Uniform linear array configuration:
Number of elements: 48
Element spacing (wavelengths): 1
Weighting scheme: exponential
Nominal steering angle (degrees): -15
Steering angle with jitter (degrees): -16.662
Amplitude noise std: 0.05
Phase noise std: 0.05

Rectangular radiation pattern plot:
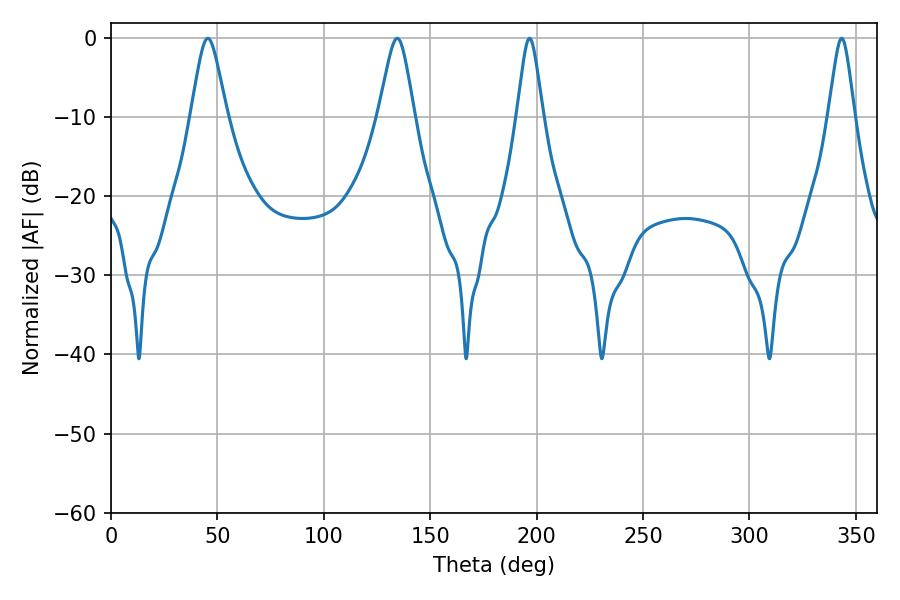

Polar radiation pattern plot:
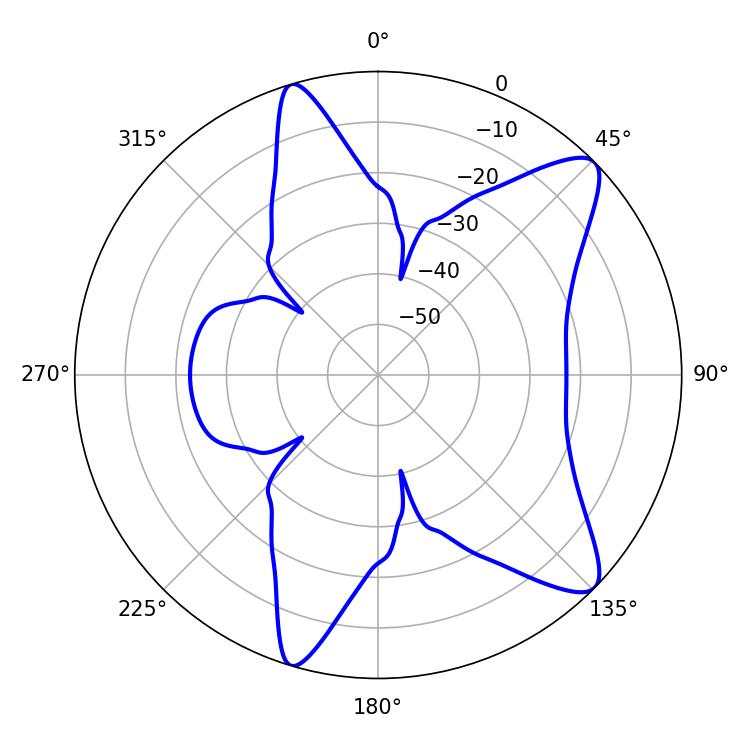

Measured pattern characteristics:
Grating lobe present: TRUE
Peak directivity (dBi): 10.525
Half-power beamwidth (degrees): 8.1
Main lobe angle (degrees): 45.54